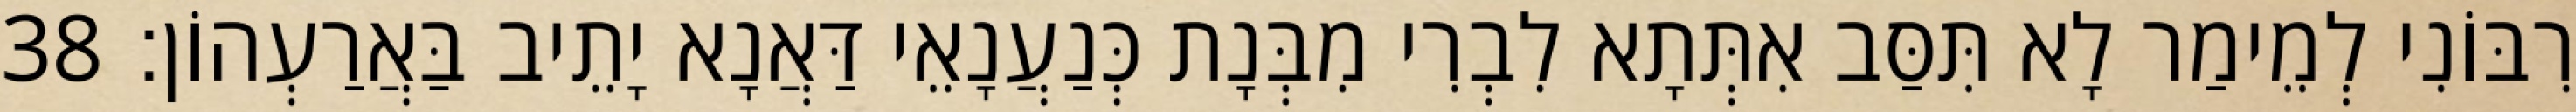
רִבּוֹנִי לְמֵימַר לָא תִּסַּב אִתְּתָא לִבְרִי מִבְּנָת כְּנַעֲנָאֵי דַּאֲנָא יָתֵיב בַּאֲרַעְהוֹן׃ 38